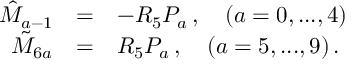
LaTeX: \begin{array} { r c l } { { \hat { M } _ { a - 1 } } } & { { = } } & { { - R _ { 5 } P _ { a } \, , \ \ \ ( a = 0 , . . . , 4 ) } } \\ { { \tilde { M } _ { 6 a } } } & { { = } } & { { R _ { 5 } P _ { a } \, , \ \ \ ( a = 5 , . . . , 9 ) \, . } } \end{array}